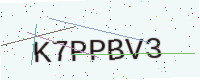
Text: K7PPBV3